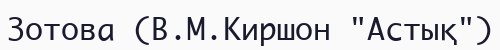
Зотова (В.М.Киршон "Астық")